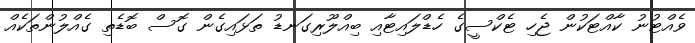
ވެއްޓުނު ކާއްޓަކުން ޖެހި ޓެކްސީގެ ހެޑްލައިޓާއި ބިއްލޫރިގަނޑު ތަޅައިގެން ގޮސް ބޮޑެތި ގެއްލުންތަކެއް